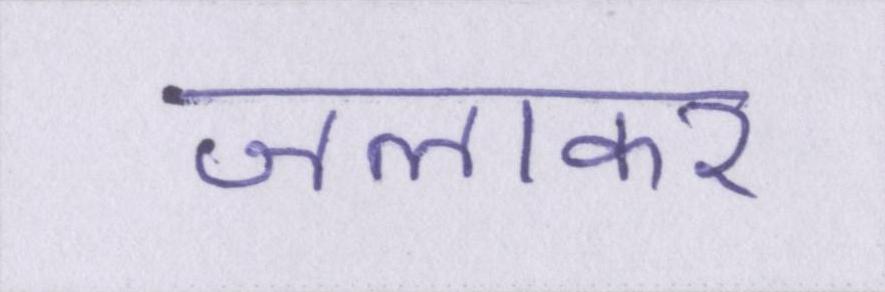
जलाकर